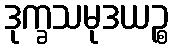
ဒုက္ခသမုဒယဉ္စ